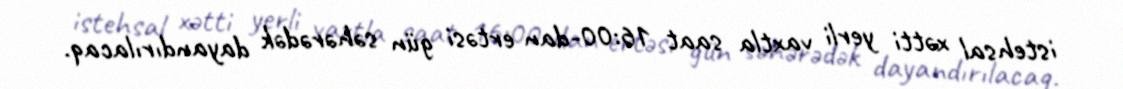
istehsal xətti yerli vaxtla saat 16:00-dan ertəsi gün səhərədək dayandırılacaq.